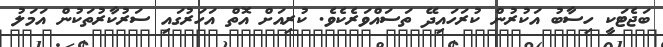
ބަޖެޓަކީ ހިސާބު އަކުރުން ކުރަހައިދޭ ތަސައްވަރެކެވެ. ކުރިއަށް އޮތް އަހަރުގައި ސަރުކާރުތަކުން އަމަލު